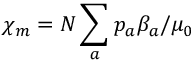
\chi _ { m } = N \sum _ { a } p _ { a } \beta _ { a } / \mu _ { 0 }